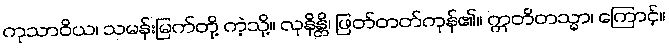
ကုသာဝိယ၊ သမန်းမြက်တို့ ကဲ့သို့။ လုနိန္တိ၊ ဖြတ်တတ်ကုန်၏။ ဣတိတသ္မာ၊ ကြောင့်။